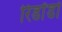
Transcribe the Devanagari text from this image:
रिडोंडो